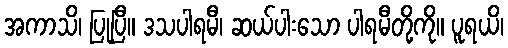
အကာသိ၊ ပြုပြီ။ ဒသပါရမီ၊ ဆယ်ပါးသော ပါရမီတို့ကို။ ပူရယိ၊